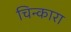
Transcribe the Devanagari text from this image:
चिन्कारा